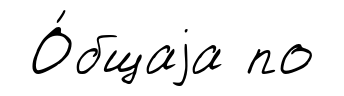
О́бщаjа по